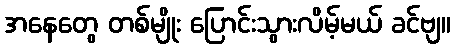
အနေတွေ တစ်မျိုး ပြောင်းသွားလိမ့်မယ် ခင်ဗျ။